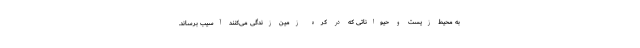
به محیط زیست و حیواناتی که در کره زمین زندگی می‌کنند آسیب برساند.